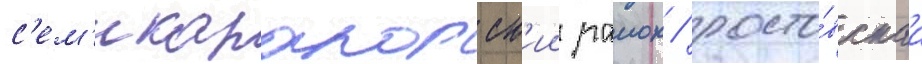
с'ем'икаракорск'ии раион / росто́вскаа